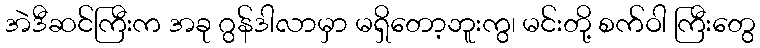
အဲဒီဆင်ကြီးက အခု ဂွန်ဒါလာမှာ မရှိတော့ဘူးကွ၊ မင်းတို့ စက်ဝါ ကြီးတွေ